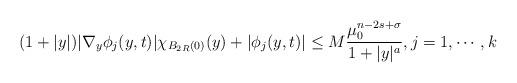
LaTeX: \begin{align*}(1+|y|)|\nabla_y \phi_j(y, t)|\chi_{B_{2R}(0)}(y) + |\phi_j(y, t)|\leq M\frac{\mu_0^{n-2s+\sigma}}{1+|y|^a},j= 1,\cdots,k\end{align*}